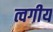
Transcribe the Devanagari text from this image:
त्वगीय